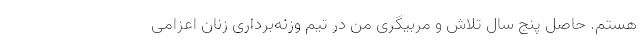
هستم. حاصل پنج سال تلاش و مربیگری من در تیم وزنه‌برداری زنان اعزامی